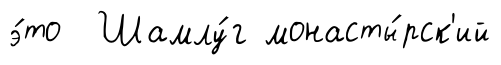
э́то Шамлу́г монасты́рск'ий